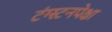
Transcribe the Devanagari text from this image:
टंग्स्टनपेक्षा